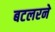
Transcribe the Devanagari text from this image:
बटलरने